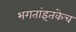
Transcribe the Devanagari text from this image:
भगतांइतकेच